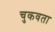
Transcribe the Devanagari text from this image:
चुकवता